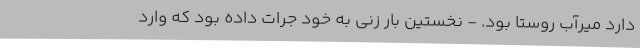
دارد میرآب روستا بود. - نخستین بار زنی به خود جرات داده بود که وارد